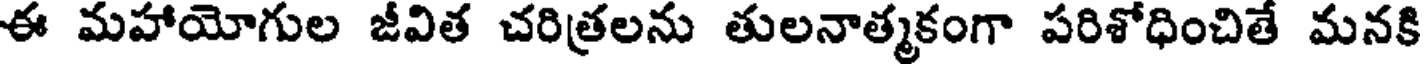
ఈ మహాయోగుల జీవిత చరిత్రలను తులనాత్మకంగా పరిశోధించితే మనకి